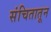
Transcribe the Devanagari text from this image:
संचितातून